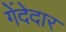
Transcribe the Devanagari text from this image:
गेंदेदार